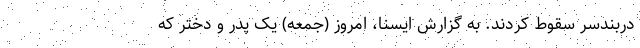
دربندسر سقوط کردند. به گزارش ایسنا، امروز (جمعه) یک پدر و دختر که